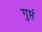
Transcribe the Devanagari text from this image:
गुप्तं